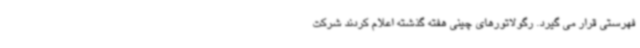
فهرستی قرار می گیرد. رگولاتورهای چینی هفته گذشته اعلام کردند شرکت